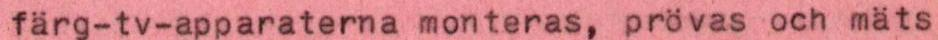
färg-tv-apparaterna monteras, prövas och mäts